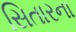
સિતારના